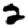
Digit: 2